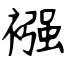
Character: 襁